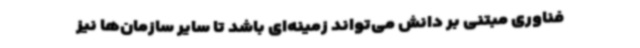
فناوری مبتنی بر دانش می‌تواند زمینه‌ای باشد تا سایر سازمان‌ها نیز